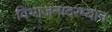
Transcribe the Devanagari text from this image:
विभाजनादरम्यान